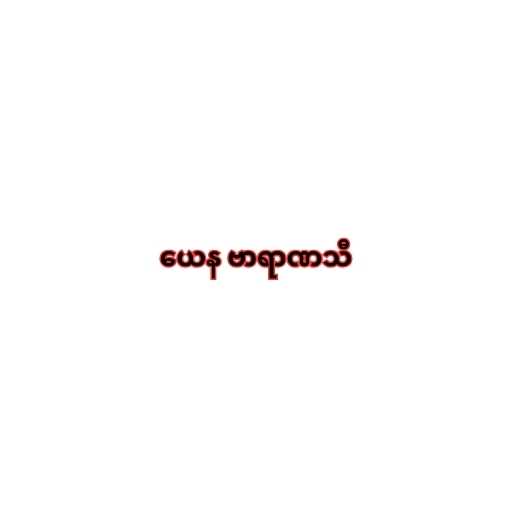
ယေန ဗာရာဏသီ